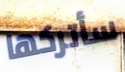
سأتركها